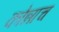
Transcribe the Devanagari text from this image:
कोन्नाच